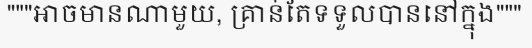
"""អាចមានណាមួយ, គ្រាន់តែទទួលបាននៅក្នុង"""